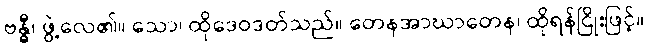
ဗန္ဓီ၊ ဖွဲ့လေ၏။ သော၊ ထိုဒေဝဒတ်သည်။ တေနအာဃာတေန၊ ထိုရန်ငြိုးဖြင့်။